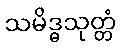
သမိဒ္ဓသုတ္တံ